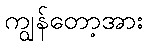
ကျွန်တော့အား